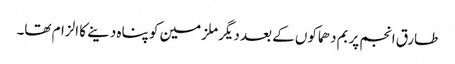
طارق انجم پر بم دھماکوں کے بعد دیگر ملزمین کو پناہ دینے کا الزام تھا۔